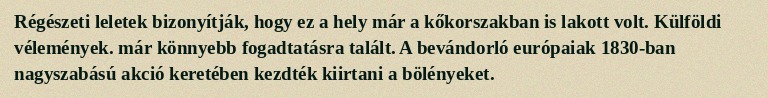
Régészeti leletek bizonyítják, hogy ez a hely már a kőkorszakban is lakott volt. Külföldi vélemények. már könnyebb fogadtatásra talált. A bevándorló európaiak 1830-ban nagyszabású akció keretében kezdték kiirtani a bölényeket.